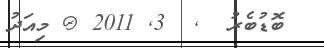
ބޮޑުބެރު